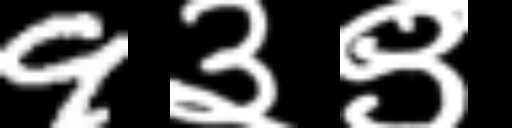
Text: 9३९